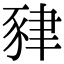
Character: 𧱇